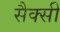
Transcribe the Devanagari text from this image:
सैक्सी